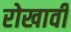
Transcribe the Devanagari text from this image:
रोखावी